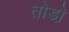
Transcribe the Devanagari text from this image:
तोडो़